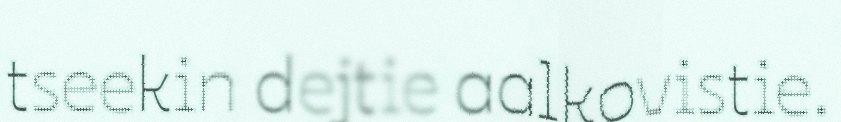
tseekin dejtie aalkovistie.